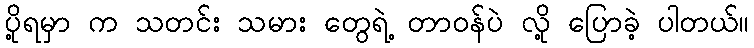
ပို့ရမှာ က သတင်း သမား တွေရဲ့ တာဝန်ပဲ လို့ ပြောခဲ့ ပါတယ်။